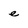
Character: e